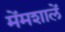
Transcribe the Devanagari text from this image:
मेंमशालें